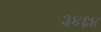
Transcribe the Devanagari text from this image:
३४६४